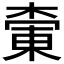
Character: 𪳚